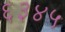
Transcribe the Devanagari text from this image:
६३४५